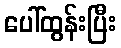
ပေါ်ထွန်းပြီး